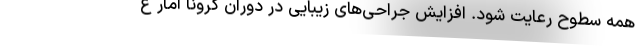
همه سطوح رعایت شود. افزایش جراحی‌های زیبایی در دوران کرونا آمار ع